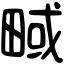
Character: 㽣